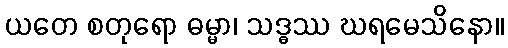
ယတေ စတုရော ဓမ္မာ၊ သဒ္ဓဿ ဃရမေသိနော။